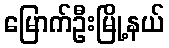
မြောက်ဦးမြို့နယ်